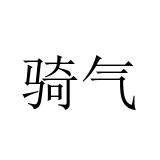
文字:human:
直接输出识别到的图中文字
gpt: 骑气